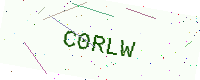
Text: C0RLW